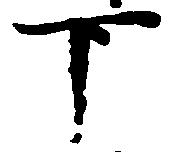
下